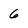
Character: 6